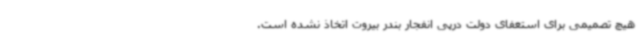
هیچ تصمیمی برای استعفای دولت درپی انفجار بندر بیروت اتخاذ نشده است.